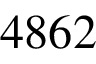
4 8 6 2